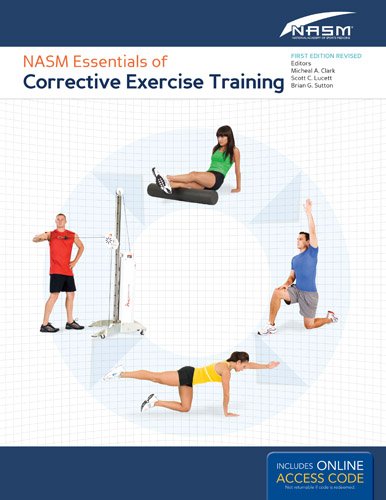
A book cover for NASM Essentials Of Corrective Exercise Training: First Edition Revised; National Academy of Sports Medicine (NASM); Medical Books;